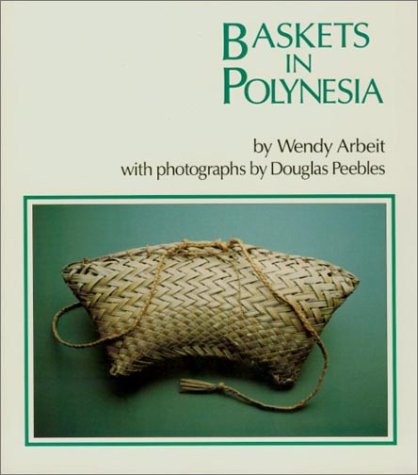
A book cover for Baskets in Polynesia: A Kolowalu Book (Kolowalu Books); Wendy Arbeit; Crafts, Hobbies & Home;